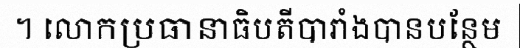
។ លោកប្រធានាធិបតីបារាំងបានបន្ថែម